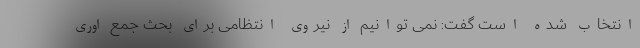
انتخاب شده است گفت: نمی توانیم از نیروی انتظامی برای بحث جمع اوری